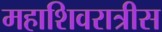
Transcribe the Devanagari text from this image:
महाशिवरात्रीस